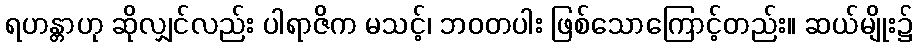
ရဟန္တာဟု ဆိုလျှင်လည်း ပါရာဇိက မသင့်၊ ဘဝတပါး ဖြစ်သောကြောင့်တည်း။ ဆယ်မျိုး၌